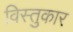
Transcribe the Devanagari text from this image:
विस्तुकार